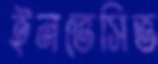
ইনভেসিভ